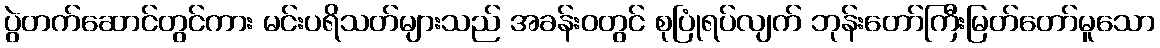
ပွဲတက်ဆောင်တွင်ကား မင်းပရိသတ်များသည် အခန်းဝတွင် စုပြုံရပ်လျက် ဘုန်းတော်ကြီးမြတ်တော်မူသော